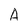
Character: A